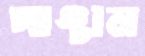
পাঞ্চাল